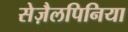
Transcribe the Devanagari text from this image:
सेज़ैलपिनिया